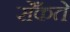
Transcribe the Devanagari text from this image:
सेँकते